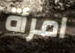
امرأة